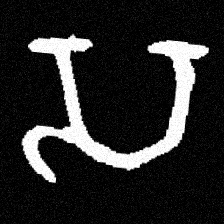
Pyu character \u2014 Myanmar letter: သ (romanized: sa)